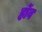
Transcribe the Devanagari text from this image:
र्होव